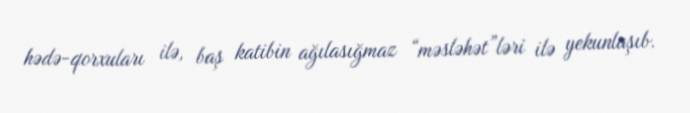
hədə-qorxuları ilə, baş katibin ağılasığmaz “məsləhət”ləri ilə yekunlaşıb.